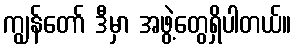
ကျွန်တော် ဒီမှာ အဖွဲ့တွေရှိပါတယ်။